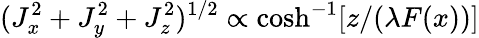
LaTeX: (J_{x}^{2}+J_{y}^{2}+J_{z}^{2})^{1/2}\propto\cosh^{-1}[z/(\lambda F(x))]